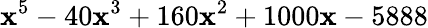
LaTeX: \mathbf{x}^{5}-40\mathbf{x}^{3}+160\mathbf{x}^{2}+1000\mathbf{x}-5888